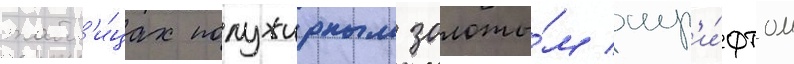
табл'и́цах полужирным золоты́м шр'и́фтом